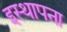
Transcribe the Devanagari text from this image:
इस्थापना